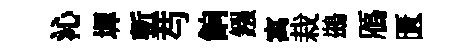
沁墀塹芍餉鏹寓栽鷀鴈匱